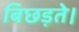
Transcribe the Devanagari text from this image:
बिछड़ते।